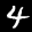
Label: 4